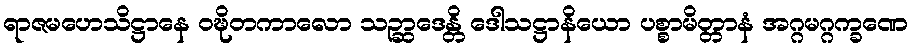
ရာဇမဟေသိဋ္ဌာနေ ဝဍ္ဎိတကာလော သဉ္ဆာဒေန္တိ ဒေါသဋ္ဌာနိယော ပစ္စာမိတ္တာနံ အဂ္ဂမဂ္ဂက္ခဏေ